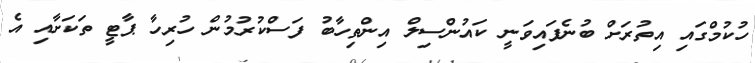
ހުކުމްގައި އިތުރަށް ބުނެފައިވަނީ ކައުންސިލް އިންތިހާބު ފަސްކުރުމުން ހުރިހާ ޕާޓީ ތަކަށާއި އެ